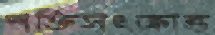
শক্তিসংক্রান্ত